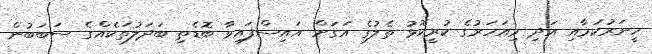
ހީނަރުކަމާއި އަދި މިއަހަރުގެ ކުރީކޮޅު ތެލުގެ އަގަށް އައިސްފައިވާ ބޮޑެތި ބަދަލުތަކެއްގެ ސަބަބުން